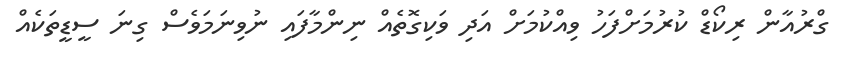
ގްރުއާން ރިކޯޑް ކުރުމަށްފަހު ވިއްކުމަށް އަދި ވަކިގޮތެއް ނިންމާފައި ނުވިނަމަވެސް ގިނަ ސީޑީތަކެއް